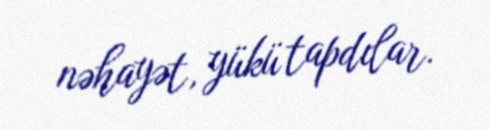
nəhayət, yükü tapdılar.